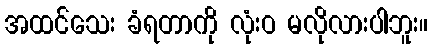
အထင်သေး ခံရတာကို လုံးဝ မလိုလားပါဘူး။